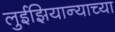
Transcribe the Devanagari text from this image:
लुईझियान्याच्या